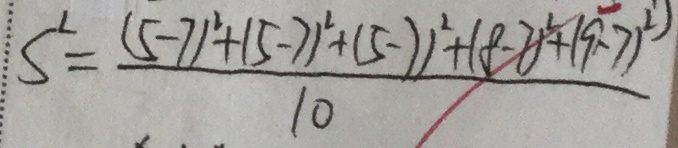
S ^ { L } = \frac { ( 5 - 7 ) ^ { 2 } + ( 5 - 7 ) ^ { 2 } + ( 5 - 7 ) ^ { 2 } + ( 8 - 7 ) ^ { 2 } + ( 9 - 7 ) ^ { 2 } } { 1 0 }